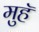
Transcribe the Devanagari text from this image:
मुहॅ